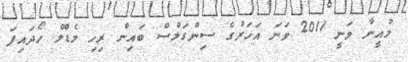
މުއީނާ ވަނީ 2011 ވަނަ އަހަރުގެ ސިންގަލްސް ބައިން ރިހި މެޑްލް ހޯދައިފަ